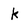
Character: k